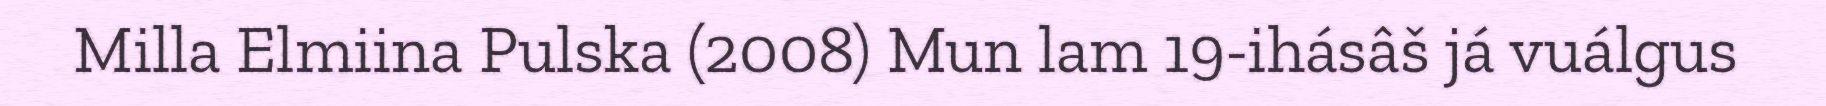
Milla Elmiina Pulska (2008) Mun lam 19-ihásâš já vuálgus